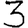
Digit: 3